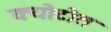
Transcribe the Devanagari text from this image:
क्योटोत